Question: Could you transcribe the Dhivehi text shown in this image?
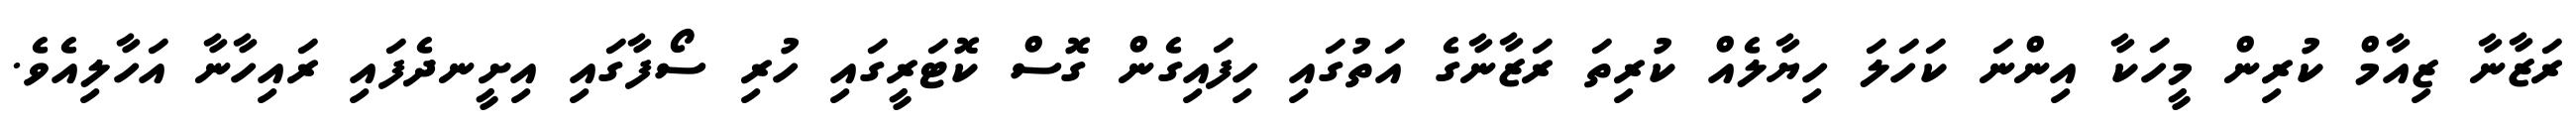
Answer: ރަޒާނާ ޒިއާމް ކުރިން މީހަކާ އިންނަ ކަހަލަ ހިޔާލެއް ކުރިތަ ރަޒާނާގެ އަތުގައި ހިފައިގެން ގޮސް ކޮޓަރީގައި ހުރި ސޯފާގައި އިށީނދެފައި ރައިހާނާ އަހާލިއެވެ.